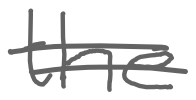
Text: the
Cross-out: double-line
Writing tool: digital_gray